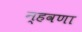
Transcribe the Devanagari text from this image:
न्हवणा